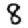
Digit: 8